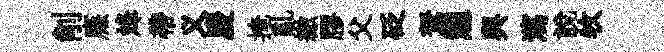
削㢘烽帶义慶掩亂繳膠父砭駑憩舆瀉説牧